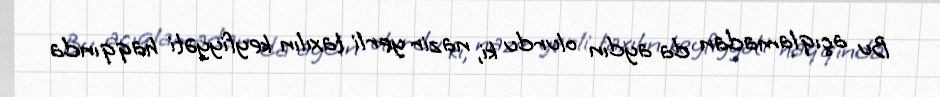
Bu açıqlamadan da aydın olurdu ki, nazir yerli taxılın keyfiyyəti haqqında